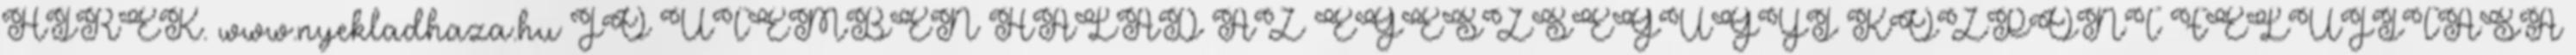
HÍREK. www.nyekladhaza.hu JÓ ÜTEMBEN HALAD AZ EGÉSZSÉGÜGYI KÖZPONT FELÚJÍTÁSA